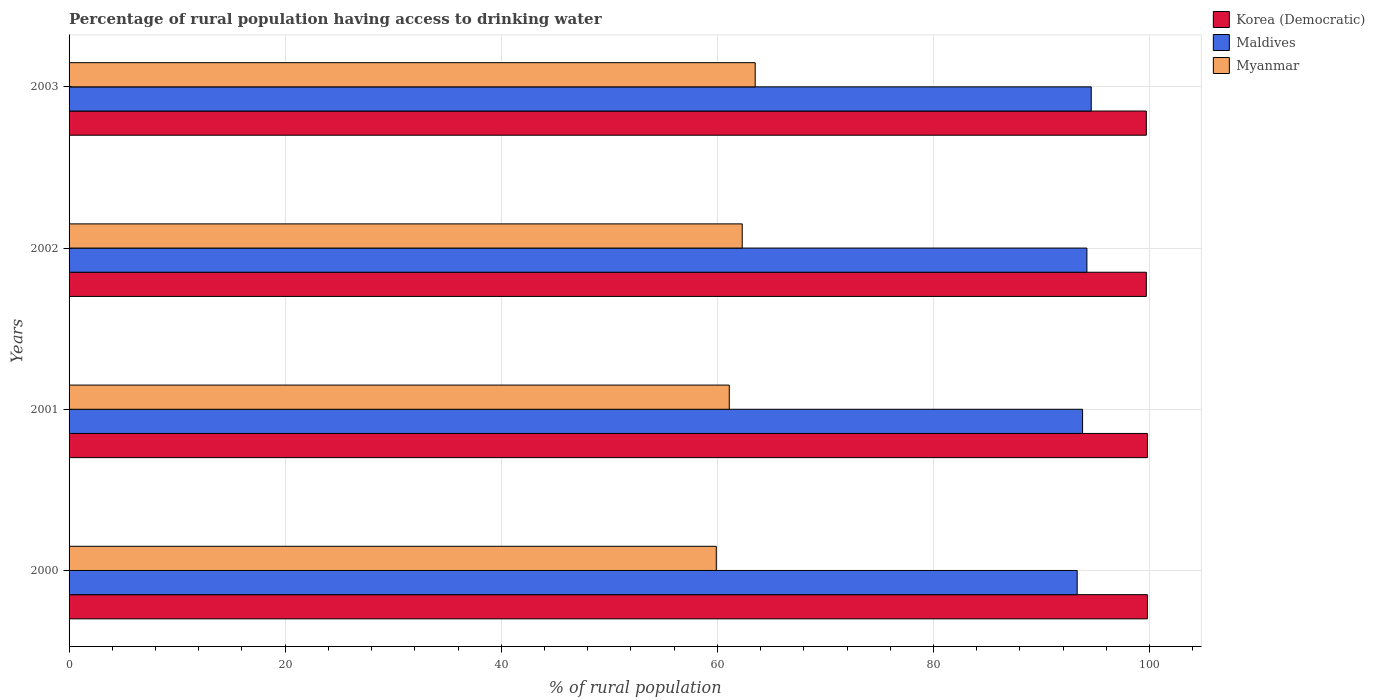
| Years | Korea (Democratic) | Maldives | Myanmar |
 | --- | --- | --- | --- |
 | 2000 | 99.8 | 93.3 | 59.9 |
 | 2001 | 99.8 | 93.8 | 61.1 |
 | 2002 | 99.7 | 94.2 | 62.3 |
 | 2003 | 99.7 | 94.6 | 63.5 |